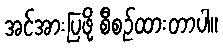
အင်အားပြဖို့ စီစဉ်ထားတာပါ။